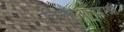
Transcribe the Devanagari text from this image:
चिनहुआंगदाओ